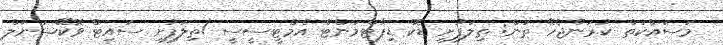
މަސައްކަތް ކުރަންޖެހޭ ތަން: ތިލަފުށި ޑޮކް ޑިޕާޓްމަންޓް އެމްޓީސީސީ /ތިލަފުށި ސައިޓް ވޮކޭޝަނަލް